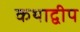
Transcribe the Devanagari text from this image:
कथाद्वीप